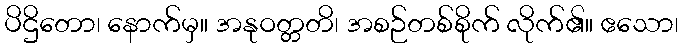
ပိဌိတော၊ နောက်မှ။ အနုဝတ္တတိ၊ အစဉ်တစ်စိုက် လိုက်၏။ ဧသော၊